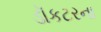
ડૉકટરના